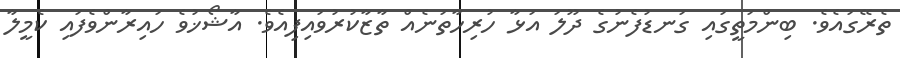
ތެރޭގައެވެ. ބިންމަތީގައި ގަނޑުފެނުގެ ދޫލަ އަޅާ ހުރިހާތަނެއް ތާޒާކުރުވައިފިއެވެ. އާޝޯޚުވެ ހައިރާންވެފައި ކެމީލާ